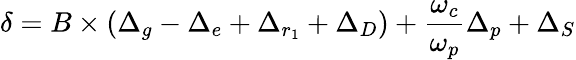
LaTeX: \delta=B\times(\Delta_{g}-\Delta_{e}+\Delta_{r_{1}}+\Delta_{D})+\frac{\omega_{c}}{\omega_{p}}\Delta_{p}+\Delta_{S}